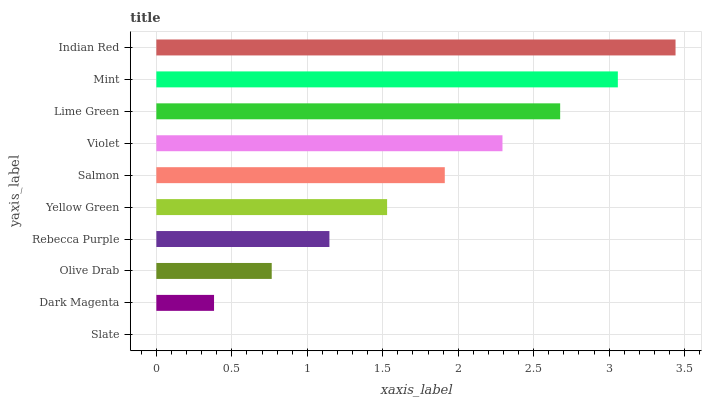
| yaxis_label | bars |
 | --- | --- |
 | Slate | 0 |
 | Dark Magenta | 0.382 |
 | Olive Drab | 0.764 |
 | Rebecca Purple | 1.15 |
 | Yellow Green | 1.53 |
 | Salmon | 1.91 |
 | Violet | 2.29 |
 | Lime Green | 2.68 |
 | Mint | 3.06 |
 | Indian Red | 3.44 |